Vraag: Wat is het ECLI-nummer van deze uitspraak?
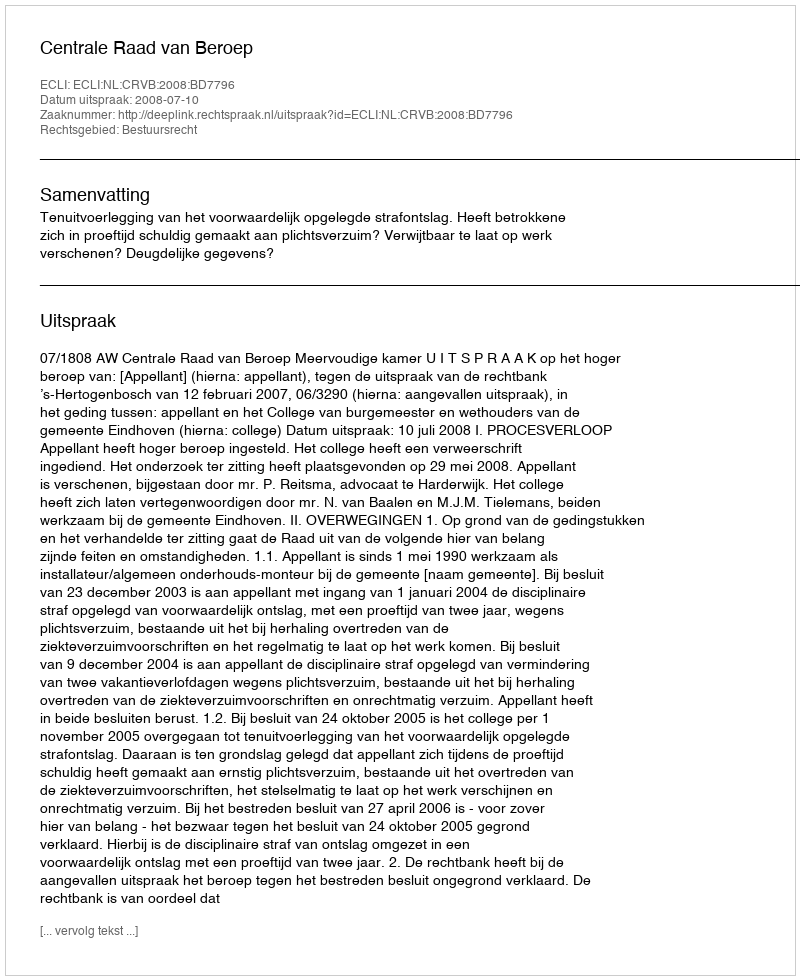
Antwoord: ECLI:NL:CRVB:2008:BD7796